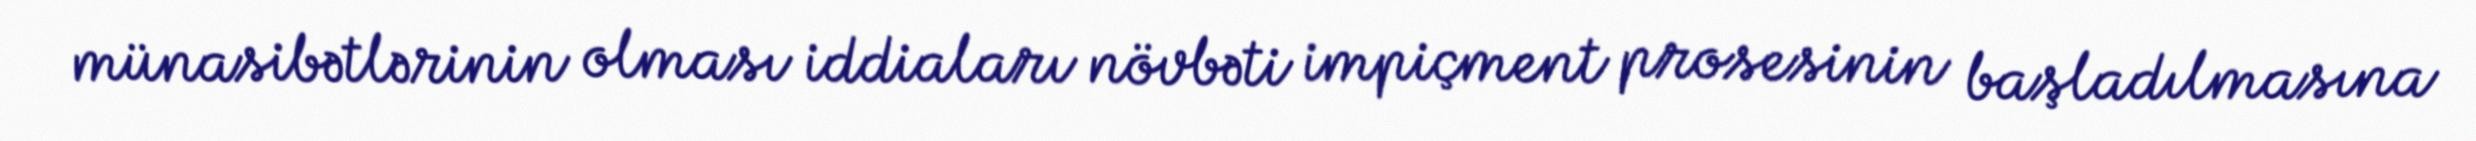
münasibətlərinin olması iddiaları növbəti impiçment prosesinin başladılmasına